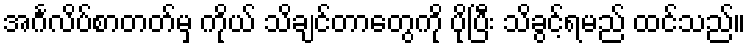
အင်္ဂလိပ်စာတတ်မှ ကိုယ် သိချင်တာတွေကို ပိုပြီး သိခွင့်ရမည် ထင်သည်။